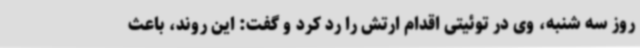
روز سه شنبه، وی در توئیتی اقدام ارتش را رد کرد و گفت: این روند، باعث